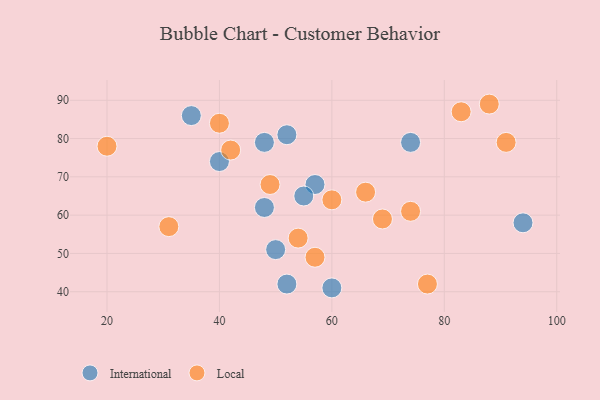
{"axis": {"x": "GDP", "y": "Life Expectancy"}, "legend": ["International", "Local"], "data": [{"x": "48", "y": 79, "type": "International"}, {"x": "57", "y": 68, "type": "International"}, {"x": "55", "y": 65, "type": "International"}, {"x": "50", "y": 51, "type": "International"}, {"x": "60", "y": 41, "type": "International"}, {"x": "74", "y": 79, "type": "International"}, {"x": "52", "y": 42, "type": "International"}, {"x": "94", "y": 58, "type": "International"}, {"x": "48", "y": 62, "type": "International"}, {"x": "52", "y": 81, "type": "International"}, {"x": "40", "y": 74, "type": "International"}, {"x": "35", "y": 86, "type": "International"}, {"x": "20", "y": 78, "type": "Local"}, {"x": "83", "y": 87, "type": "Local"}, {"x": "77", "y": 42, "type": "Local"}, {"x": "42", "y": 77, "type": "Local"}, {"x": "54", "y": 54, "type": "Local"}, {"x": "57", "y": 49, "type": "Local"}, {"x": "31", "y": 57, "type": "Local"}, {"x": "66", "y": 66, "type": "Local"}, {"x": "49", "y": 68, "type": "Local"}, {"x": "74", "y": 61, "type": "Local"}, {"x": "40", "y": 84, "type": "Local"}, {"x": "69", "y": 59, "type": "Local"}, {"x": "88", "y": 89, "type": "Local"}, {"x": "60", "y": 64, "type": "Local"}, {"x": "91", "y": 79, "type": "Local"}]}